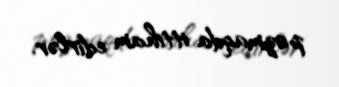
pozmaqda ittiham edirlər.